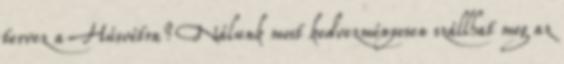
tervez a Húsvétra? Nálunk most kedvezményesen szállhat meg az